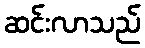
ဆင်းလာသည်